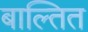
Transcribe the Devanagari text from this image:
बाल्तित